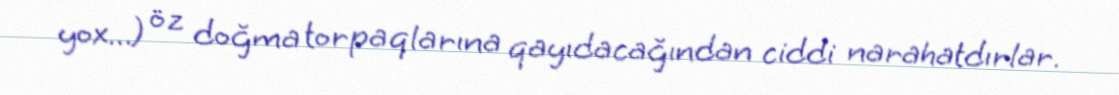
yox...) öz doğma torpaqlarına qayıdacağından ciddi narahatdırlar.